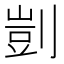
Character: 剴